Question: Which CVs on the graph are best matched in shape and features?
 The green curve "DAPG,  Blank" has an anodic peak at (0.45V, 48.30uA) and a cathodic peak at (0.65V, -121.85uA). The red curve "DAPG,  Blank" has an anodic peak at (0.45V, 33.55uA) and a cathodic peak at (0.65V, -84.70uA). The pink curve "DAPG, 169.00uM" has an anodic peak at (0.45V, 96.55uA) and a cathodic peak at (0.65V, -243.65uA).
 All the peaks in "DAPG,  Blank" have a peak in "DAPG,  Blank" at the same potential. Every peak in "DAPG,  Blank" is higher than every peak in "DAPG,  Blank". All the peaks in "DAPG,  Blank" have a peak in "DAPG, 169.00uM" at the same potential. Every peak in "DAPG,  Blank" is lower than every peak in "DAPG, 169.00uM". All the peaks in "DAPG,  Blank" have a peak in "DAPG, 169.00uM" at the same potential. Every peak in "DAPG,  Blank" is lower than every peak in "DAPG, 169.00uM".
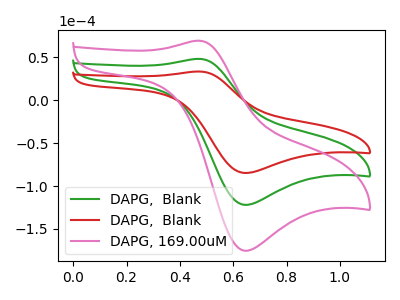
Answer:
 <answer>"DAPG,  Blank", "DAPG,  Blank" and "DAPG, 169.00uM" have the same shape and are likely CV's of the same chemical.</answer>
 <eval>"DAPG,  Blank" "DAPG,  Blank" "DAPG, 169.00uM"</eval>